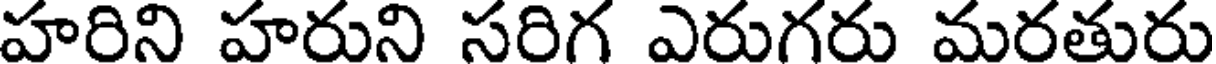
హరిని హరుని సరిగ ఎరుగరు మరతురు